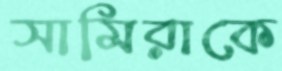
সামিরাকে